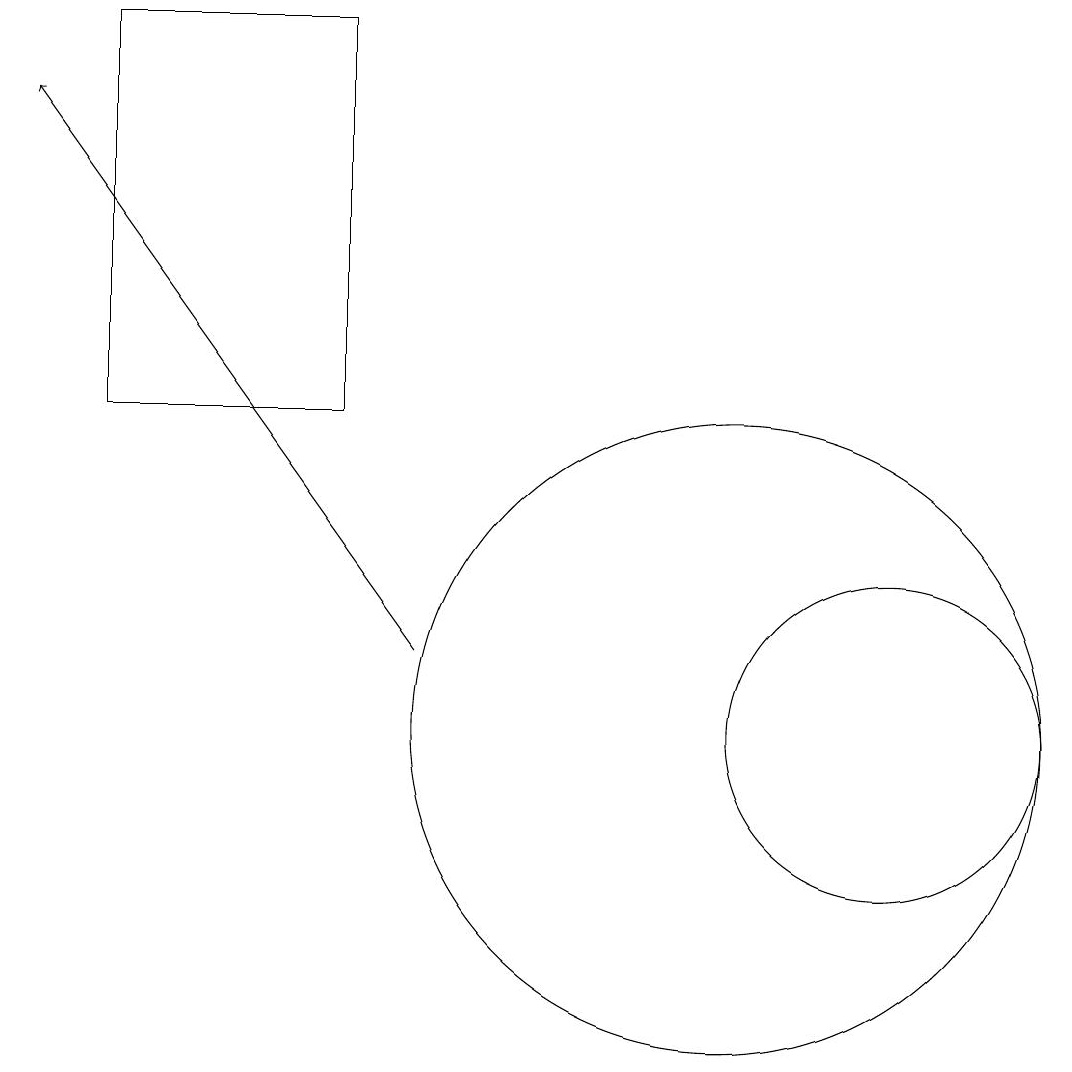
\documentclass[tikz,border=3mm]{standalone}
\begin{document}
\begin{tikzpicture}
\draw[->] (6,11) -- (1,18);
\draw (10,10) circle (4);
\draw (12,10) circle (2);
\draw (5,14) rectangle (2,19);
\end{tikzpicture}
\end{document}